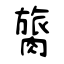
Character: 膐